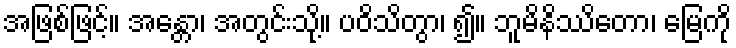
အဖြစ်ဖြင့်။ အန္တော၊ အတွင်းသို့။ ပဝိသိတွာ၊ ၍။ ဘူမိနိဿိတော၊ မြေကို